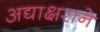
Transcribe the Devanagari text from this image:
अद्याक्षराने